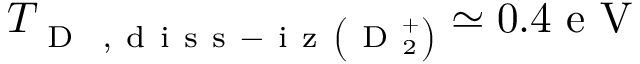
T _ { \mathrm { ~ D ~ } \mathrm { ~ , ~ d ~ i ~ s ~ s ~ - ~ i ~ z ~ } \left( \mathrm { ~ D ~ } _ { 2 } ^ { + } \right) } \simeq 0 . 4 \mathrm { ~ e ~ V ~ }